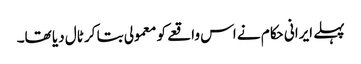
پہلے ایرانی حکام نے اس واقعے کو معمولی بتا کر ٹال دیا تھا۔